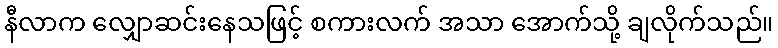
နီလာက လျှောဆင်းနေသဖြင့် စကားလက် အသာ အောက်သို့ ချလိုက်သည်။